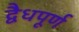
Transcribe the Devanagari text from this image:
द्वैधपूर्ण